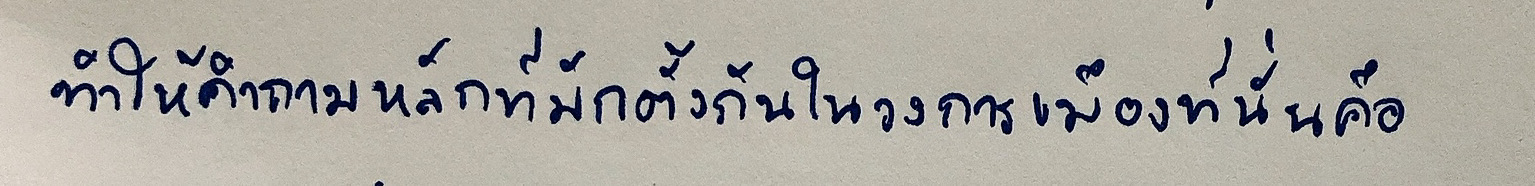
ทำให้คำถามหลักที่มักตั้งกันในวงการเมืองที่นั่นคือ:-